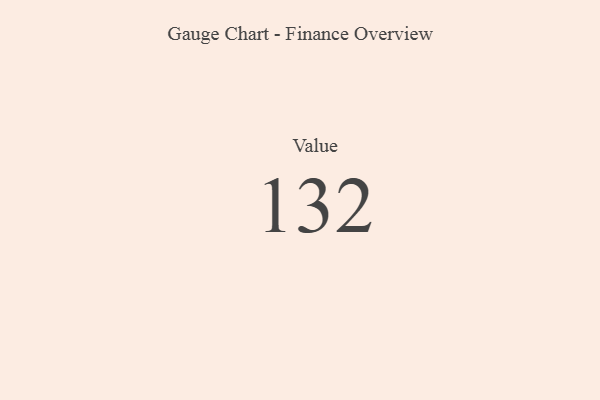
{"axis": {"x": "Metric", "y": "Value"}, "legend": [""], "data": [{"x": "Value", "y": 132, "type": ""}]}